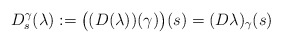
\begin{align*}D_{s}^{\gamma}(\lambda) := \bigl( (D(\lambda))(\gamma) \bigr) (s) = (D\lambda)_\gamma(s)\end{align*}